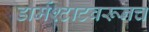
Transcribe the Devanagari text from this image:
डार्मश्टाटवरूनच